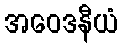
အဝေဒနီယံ